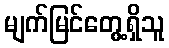
မျက်မြင်တွေ့ရှိသူ